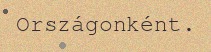
Országonként.